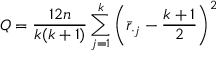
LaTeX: Q = { \frac { 1 2 n } { k ( k + 1 ) } } \sum _ { j = 1 } ^ { k } \left( { \bar { r } } _ { \cdot j } - { \frac { k + 1 } { 2 } } \right) ^ { 2 }